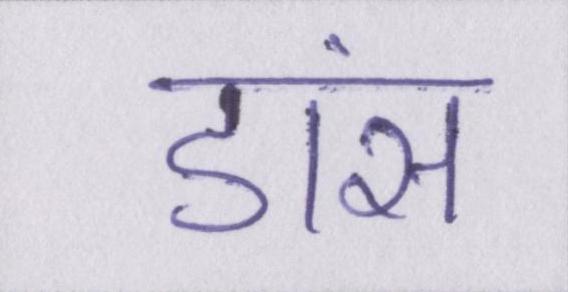
डांस